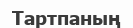
Тартпаның